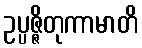
ဥပ္ပဇ္ဇိတုကာမာတိ